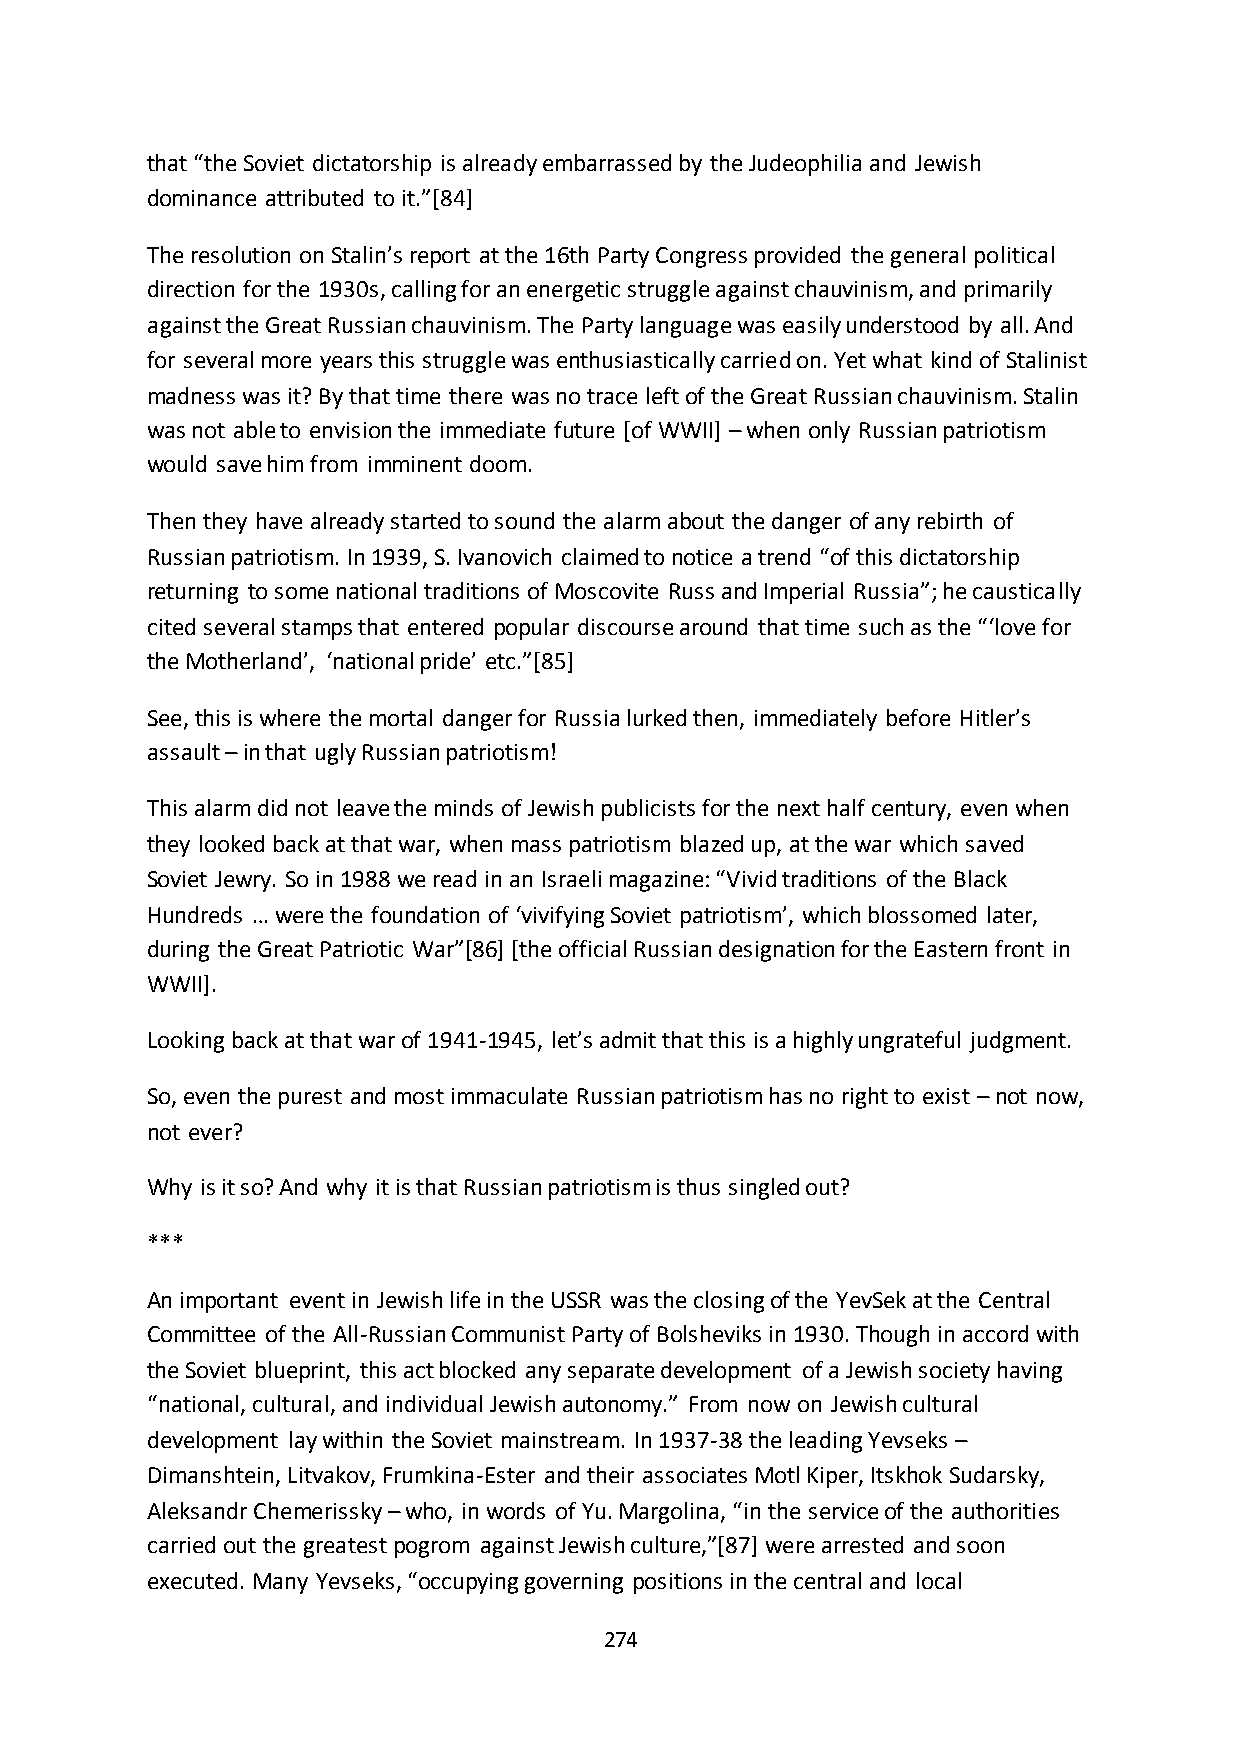
that “the Soviet dictatorship is already embarrassed by the Judeophilia and Jewish
 dominance attributed to it.”*84+
 The resolution on Stalin’s report at the 16th Party Congress provided the general political
 direction for the 1930s, calling for an energetic struggle against chauvinism, and primarily
 against the Great Russian chauvinism. The Party language was easily understood by all. And
 for several more years this struggle was enthusiastically carried on. Yet what kind of Stalinist
 madness was it? By that time there was no trace left of the Great Russian chauvinism. Stalin
 was not able to envision the immediate future [of WWII] – when only Russian patriotism
 would save him from imminent doom.
 Then they have already started to sound the alarm about the danger of any rebirth of
 Russian patriotism. In 1939, S. Ivanovich claimed to notice a trend “of this dictatorship
 returning to some national traditions of Moscovite Russ and Imperial Russia”; he caustically
 cited several stamps that entered popular discourse around that time such as the “‘love for
 the Motherland’, ‘national pride’ etc.”*85+
 See, this is where the mortal danger for Russia lurked then, immediately before Hitler’s
 assault – in that ugly Russian patriotism!
 This alarm did not leave the minds of Jewish publicists for the next half century, even when
 they looked back at that war, when mass patriotism blazed up, at the war which saved
 Soviet Jewry. So in 1988 we read in an Israeli magazine: “Vivid traditions of the Black
 Hundreds … were the foundation of ‘vivifying Soviet patriotism’, which blossomed later,
 during the Great Patriotic War”*86+ *the official Russian designation for the Eastern front in
 WWII].
 Looking back at that war of 1941-1945, let’s admit that this is a highly ungrateful judgment.
 So, even the purest and most immaculate Russian patriotism has no right to exist – not now,
 not ever?
 Why is it so? And why it is that Russian patriotism is thus singled out?
 ***
 An important event in Jewish life in the USSR was the closing of the YevSek at the Central
 Committee of the All-Russian Communist Party of Bolsheviks in 1930. Though in accord with
 the Soviet blueprint, this act blocked any separate development of a Jewish society having
 “national, cultural, and individual Jewish autonomy.” From now on Jewish cultural
 development lay within the Soviet mainstream. In 1937-38 the leading Yevseks –
 Dimanshtein, Litvakov, Frumkina-Ester and their associates Motl Kiper, Itskhok Sudarsky,
 Aleksandr Chemerissky – who, in words of Yu. Margolina, “in the service of the authorities
 carried out the greatest pogrom against Jewish culture,”*87+ were arrested and soon
 executed. Many Yevseks, “occupying governing positions in the central and local
 274